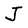
Character: J